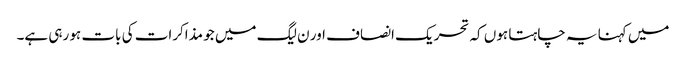
میں کہنا یہ چاہتا ہوں کہ تحریک انصاف اور ن لیگ میں جو مذاکرات کی بات ہو رہی ہے۔